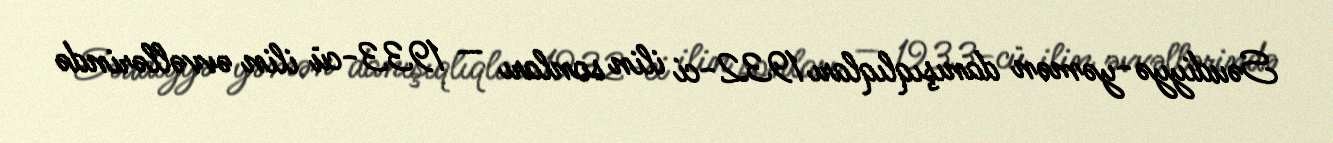
Səudiyyə-yəmən danışıqlıqları 1932-ci ilin sonları — 1933-cü ilin əvvəllərində